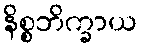
နိစ္စဘိက္ခာယ